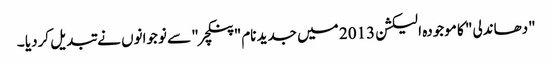
"دھاندلی" کا موجودہ الیکشن 2013 میں جدید نام" پنکچر" سے نوجوانوں نے تبدیل کردیا ۔